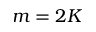
m = 2 K